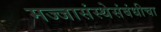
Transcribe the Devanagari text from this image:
मज्जासंस्थेसंबंधीचा